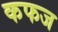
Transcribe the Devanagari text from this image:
कफज